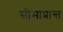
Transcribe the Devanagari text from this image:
सीमाप्रान्त